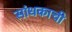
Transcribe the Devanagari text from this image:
सांधकाची